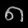
Digit: ၈